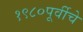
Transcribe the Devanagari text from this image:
१९८०पूर्वीचे